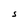
Character: S